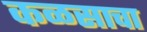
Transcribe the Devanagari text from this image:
कळसाचा